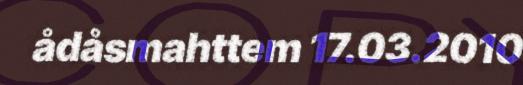
ådåsmahttem 17.03.2010